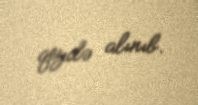
qeydə alınıb.